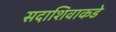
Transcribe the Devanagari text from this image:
सदाशिवाकडे